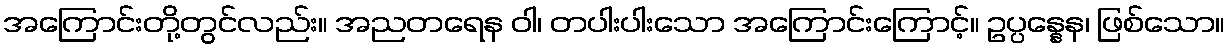
အကြောင်းတို့တွင်လည်း။ အညတရေန ဝါ၊ တပါးပါးသော အကြောင်းကြောင့်။ ဥပ္ပန္နေန၊ ဖြစ်သော။